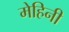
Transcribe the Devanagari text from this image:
मेहिनी